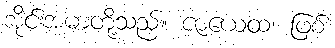
အိုင်းအမာတို့သည်။ ဇာယေထ၊ ဖြစ်